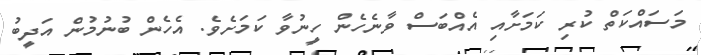
މަސައްކަތް ކުރި ކަމަށާއި އެއްބަސް ވާނެހެން ހީނުވާ ކަމަށެވެ. އެހެން ބުނުމުން އަދީބު